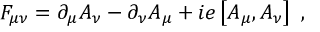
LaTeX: F _ { \mu \nu } = \partial _ { \mu } A _ { \nu } - \partial _ { \nu } A _ { \mu } + i e \left[ A _ { \mu } , A _ { \nu } \right] \ ,